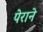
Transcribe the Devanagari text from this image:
पेराने